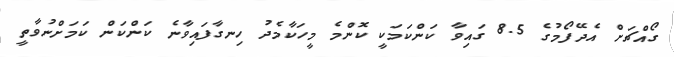
ގޯއްޗަށް އެދޭފޯމުގެ 8.5 ގައިވާ ކަންކަމަކީ ކޮންމެ މީހަކާމެދު ހިނގާފައިވާނެ ކަންކަން ކަމަށްނުވާތީ